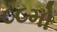
૮૮મો